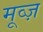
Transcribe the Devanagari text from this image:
मूव्ज़